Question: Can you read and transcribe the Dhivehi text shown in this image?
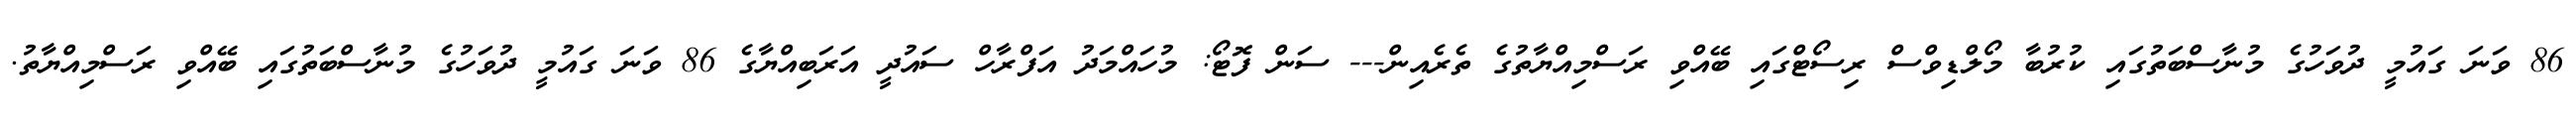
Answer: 86 ވަނަ ގައުމީ ދުވަހުގެ މުނާސްބަތުގައި ކުރުބާ މޯލްޑިވްސް ރިސޯޓްގައި ބޭއްވި ރަސްމިއްޔާތުގެ ތެރެއިން--- ސަން ފޮޓޯ: މުހައްމަދު އަފްރާހް ސައުދީ އަރަބިއްޔާގެ 86 ވަނަ ގައުމީ ދުވަހުގެ މުނާސްބަތުގައި ބޭއްވި ރަސްމިއްޔާތު.